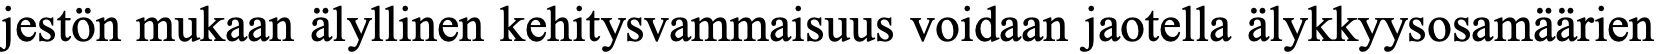
jestön mukaan älyllinen kehitysvammaisuus voidaan jaotella älykkyysosamäärien